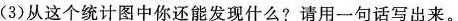
(3)从这个统计图中你还能发现什么?请用一句话写出来。